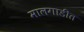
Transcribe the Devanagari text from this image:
मालगाडीत